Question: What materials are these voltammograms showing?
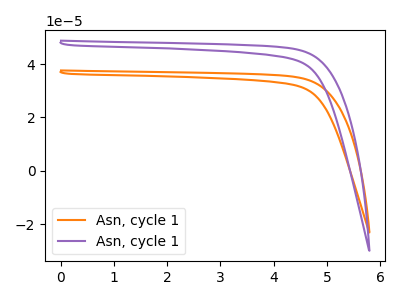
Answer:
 <answer>The orange curve is labeled "Asn, cycle 11". The purple curve is labeled "Asn, cycle 12".</answer>
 <eval></eval>